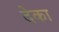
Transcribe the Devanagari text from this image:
देका